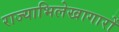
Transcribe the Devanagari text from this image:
राज्याभिलेखागारों